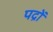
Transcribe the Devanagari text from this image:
पद्रों